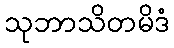
သုဘာသိတမိဒံ